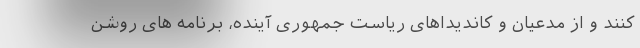
کنند و از مدعیان و کاندیداهای ریاست جمهوری آینده، برنامه های روشن